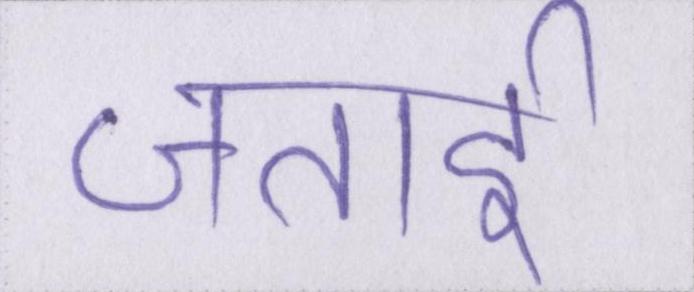
जताई